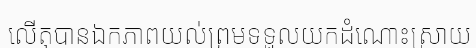
លើតុបានឯកភាពយល់ព្រមទទួលយកដំណោះស្រាយ